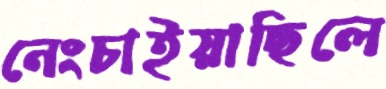
নেংচাইয়াছিলে